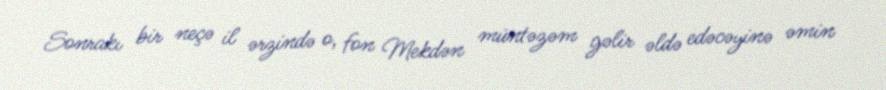
Sonrakı bir neçə il ərzində o, fon Mekdən müntəzəm gəlir əldə edəcəyinə əmin